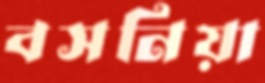
বসনিয়া